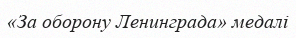
«За оборону Ленинграда» медалі